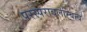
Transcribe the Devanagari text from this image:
परस्परावलम्बित्व